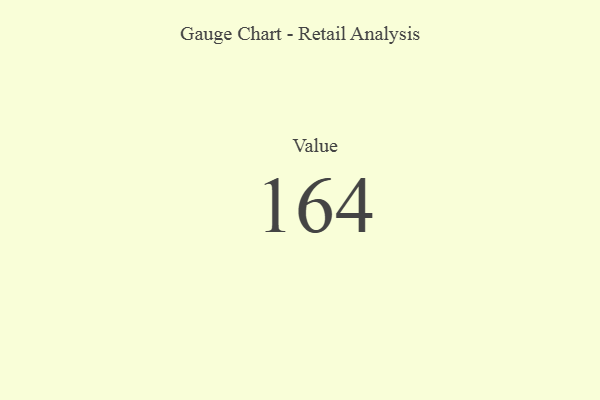
{"axis": {"x": "Metric", "y": "Value"}, "legend": [""], "data": [{"x": "Value", "y": 164, "type": ""}]}